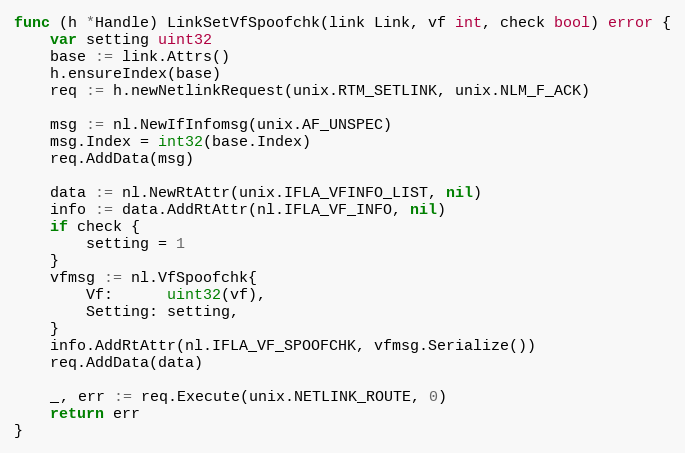
Language: Go
func (h *Handle) LinkSetVfSpoofchk(link Link, vf int, check bool) error {
	var setting uint32
	base := link.Attrs()
	h.ensureIndex(base)
	req := h.newNetlinkRequest(unix.RTM_SETLINK, unix.NLM_F_ACK)

	msg := nl.NewIfInfomsg(unix.AF_UNSPEC)
	msg.Index = int32(base.Index)
	req.AddData(msg)

	data := nl.NewRtAttr(unix.IFLA_VFINFO_LIST, nil)
	info := data.AddRtAttr(nl.IFLA_VF_INFO, nil)
	if check {
		setting = 1
	}
	vfmsg := nl.VfSpoofchk{
		Vf:      uint32(vf),
		Setting: setting,
	}
	info.AddRtAttr(nl.IFLA_VF_SPOOFCHK, vfmsg.Serialize())
	req.AddData(data)

	_, err := req.Execute(unix.NETLINK_ROUTE, 0)
	return err
}